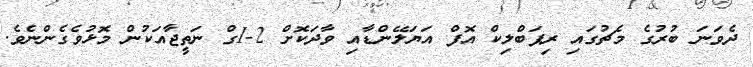
ދެވަނަ ބުރުގެ މެޗުގައި ރިޕަބްލިކް އޮފް އަޔަލޭންޑާއި ވާދަކޮށް 2-1ގް ނަތީޖާއަކުން މޮޅުވެގެންނެވެ.